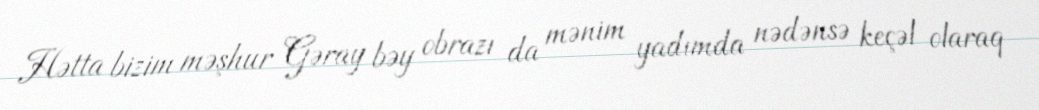
Hətta bizim məşhur Gəray bəy obrazı da mənim yadımda nədənsə keçəl olaraq